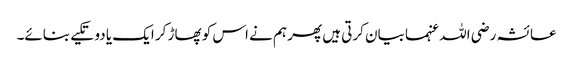
عائشہ رضی اللہ عنہما بیان کرتی ہیں پھر ہم نے اس کو پھاڑ کر ایک یا دو تکیے بنائے۔